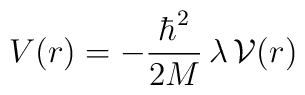
V ( r ) = - \frac{\hbar^{2}}{2M}\, \lambda \,{\mathcal V} (r)\;